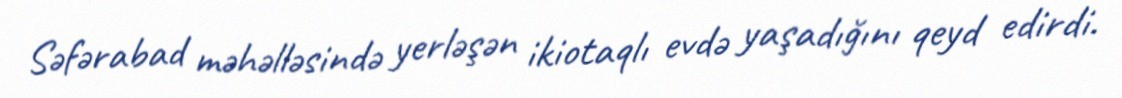
Səfərabad məhəlləsində yerləşən ikiotaqlı evdə yaşadığını qeyd edirdi.